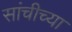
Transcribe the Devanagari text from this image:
सांचीच्या